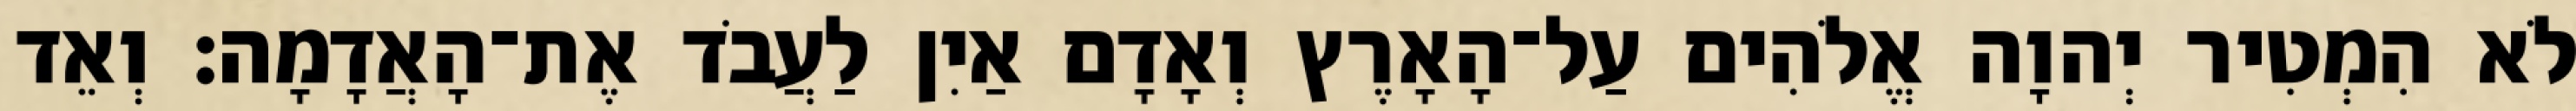
לֹא הִמְטִיר יְהוָה אֱלֹהִים עַל־הָאָרֶץ וְאָדָם אַיִן לַעֲבֹד אֶת־הָאֲדָמָה׃ וְאֵד